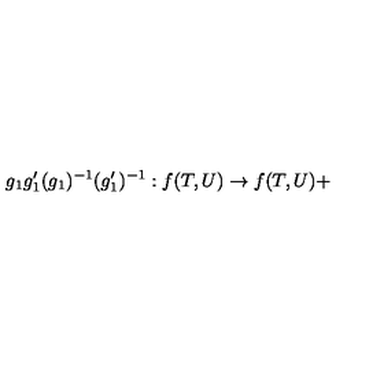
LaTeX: g _ { 1 } g _ { 1 } ^ { \prime } ( g _ { 1 } ) ^ { - 1 } ( g _ { 1 } ^ { \prime } ) ^ { - 1 } : f ( T , U ) \rightarrow f ( T , U ) +